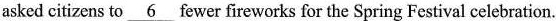
asked citizens to \underline{6} fewer fireworks for the Spring Festival celebration.